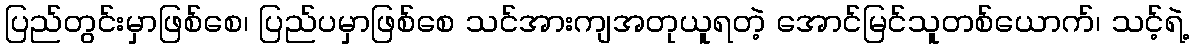
ပြည်တွင်းမှာဖြစ်စေ၊ ပြည်ပမှာဖြစ်စေ သင်အားကျအတုယူရတဲ့ အောင်မြင်သူတစ်ယောက်၊ သင့်ရဲ့